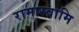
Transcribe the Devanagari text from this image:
रामास्वामि